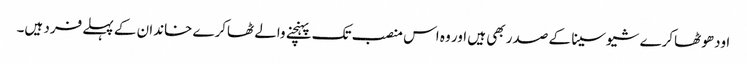
اودھو ٹھاکرے شیوسینا کے صدر بھی ہیں اور وہ اس منصب تک پہنچنے والے ٹھاکرے خاندان کے پہلے فرد ہیں۔